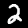
Digit: 2